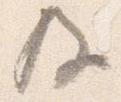
及